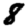
Digit: 8